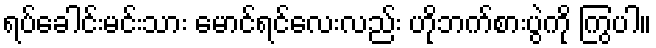
ရပ်ခေါင်းမင်းသား မောင်ရင်လေးလည်း ဟိုဘက်စားပွဲကို ကြွပါ။